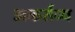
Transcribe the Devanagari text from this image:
अकर्तव्य